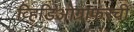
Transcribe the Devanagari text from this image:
व्हिडिओग्राफरची